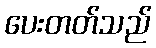
ပေးတတ်သည်